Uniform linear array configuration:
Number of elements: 24
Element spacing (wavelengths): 0.5
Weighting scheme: hamming
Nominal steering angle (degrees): -30
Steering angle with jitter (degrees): -28.334
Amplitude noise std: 0.05
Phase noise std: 0.05

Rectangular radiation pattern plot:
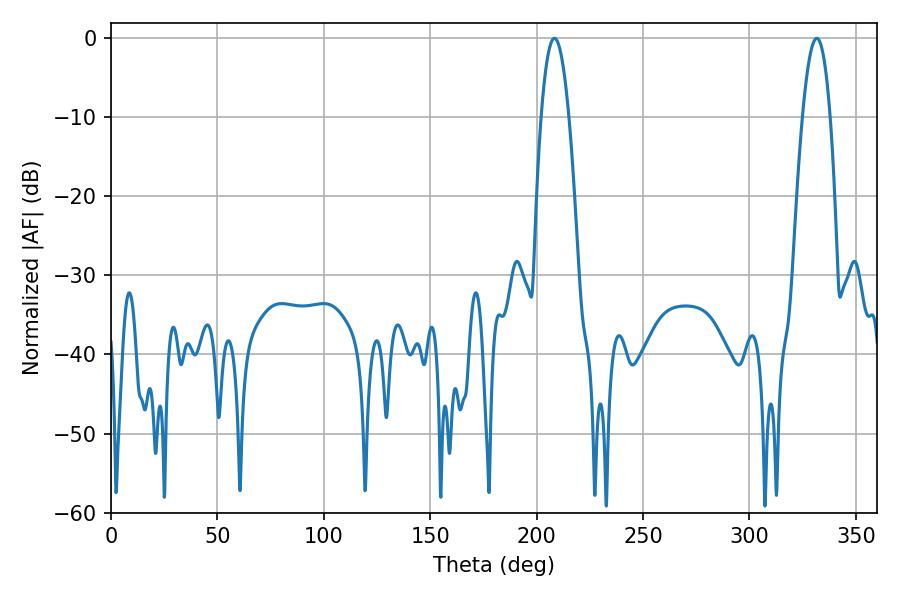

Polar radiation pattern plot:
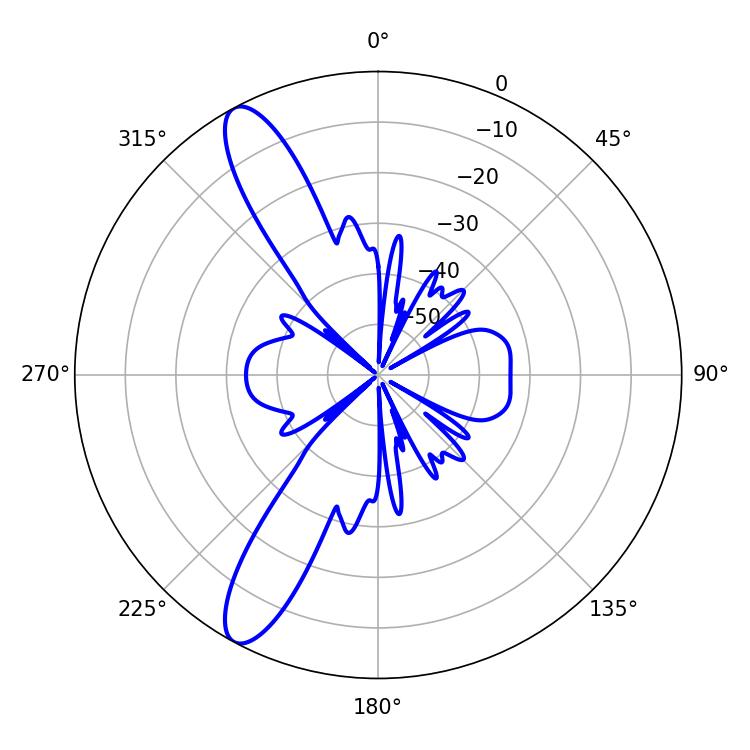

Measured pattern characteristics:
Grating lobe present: FALSE
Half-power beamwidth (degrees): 7.2
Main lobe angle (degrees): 331.56